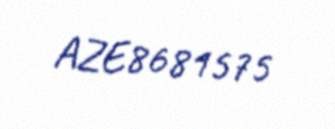
AZE8681575